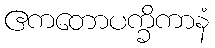
ဧကတောပက္ခိကာနံ